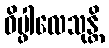
ဝိပ္ဖါလေသုန္တိ